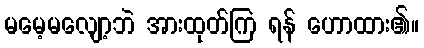
မမေ့မလျော့ဘဲ အားထုတ်ကြ ရန် ဟောထား၏။